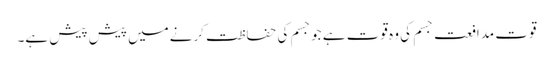
قوت مدافعت جسم کی وہ قوت ہے جوجسم کی حفاظت کرنےمیں پیش پیش ہے۔